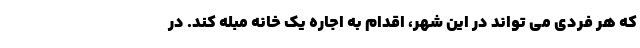
که هر فردی می تواند در این شهر، اقدام به اجاره یک خانه مبله کند. در